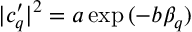
| c _ { q } ^ { \prime } | ^ { 2 } = a \exp { ( - b \beta _ { q } ) }